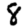
Digit: 8